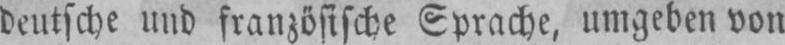
deutsche und französische Sprache, umgeben von